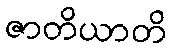
ဇာတိယာတိ